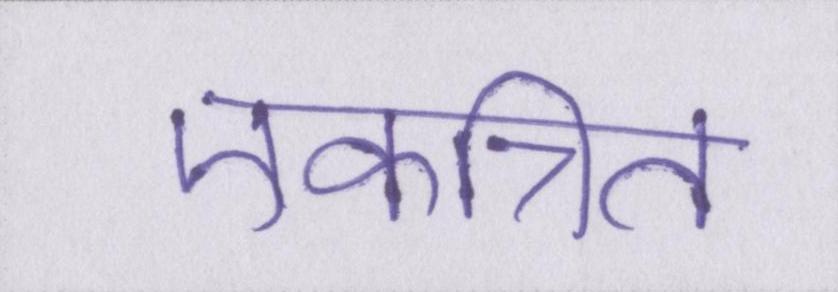
एकत्रित